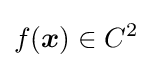
{f({\boldsymbol {x}})\in C^{2}}